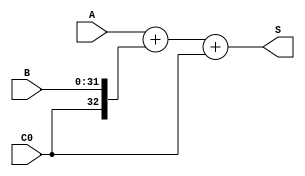
`timescale 1ns / 1ps

module ADC32 (
	input [31:0] A,
	input [31:0] B,
	input C0,
	output [32:0] S );
	
	assign S = {1'b0, A} + {C0, B} + C0;

endmodule